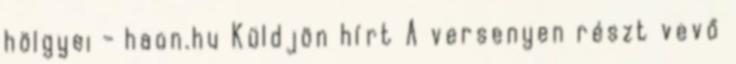
hölgyei - haon.hu Küldjön hírt A versenyen részt vevő